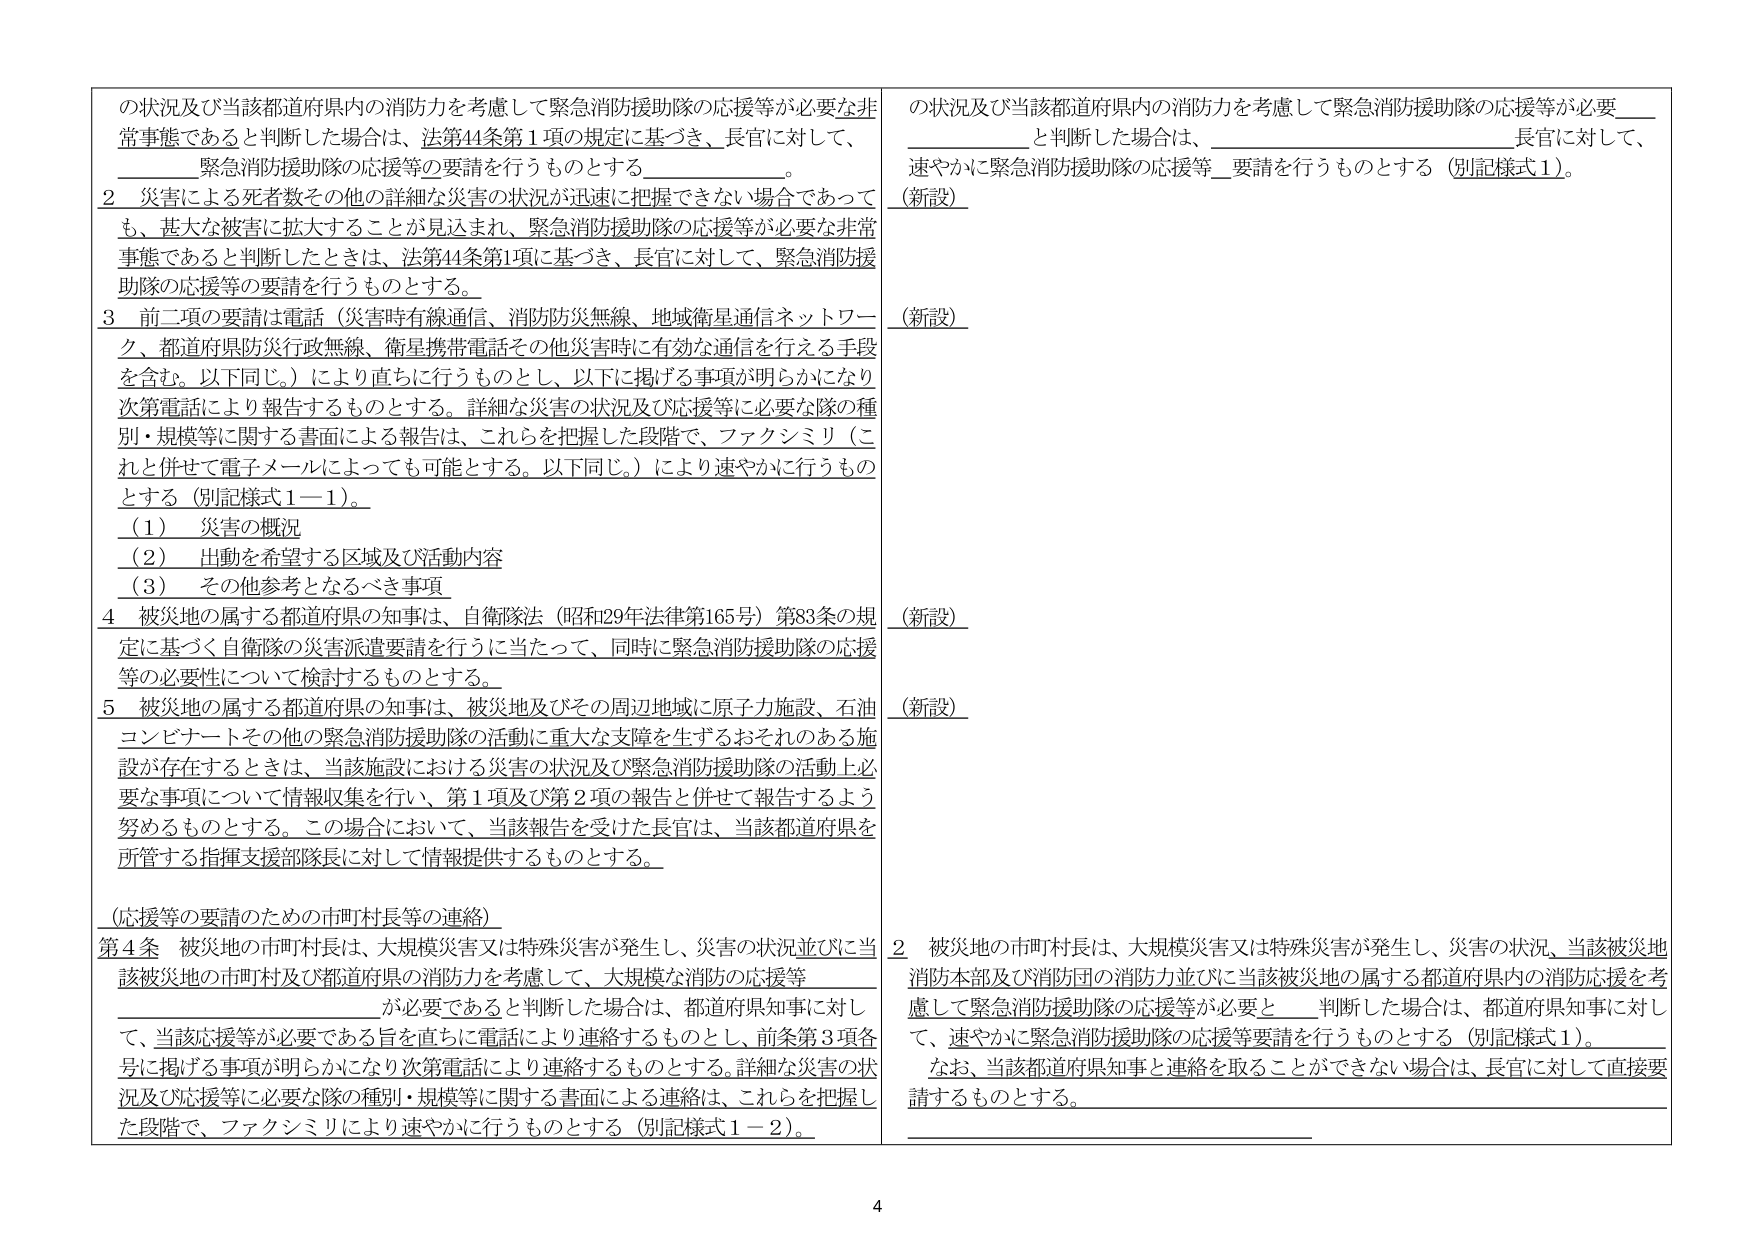
の状況及び当該都道府県内の消防力を考慮して緊急消防援助隊の応援等が必要な非常事態であると判断した場合は、法第44条第1項の規定に基づき、長官に対して、緊急消防援助隊の応援等の要請を行うものとする。

2 災害による死者数その他の詳細な災害の状況が迅速に把握できない場合であっても、甚大な被害に拡大することが見込まれ、緊急消防援助隊の応援等が必要な非常事態であると判断したときは、法第44条第1項に基づき、長官に対して、緊急消防援助隊の応援等の要請を行うものとする。

3 前二項の要請は電話（災害時有線通信、消防防災無線、地域衛星通信ネットワーク、都道府県防災行政無線、衛星携帯電話その他災害時に有効な通信を行える手段を含む。以下同じ。）により直ちに行うものとし、以下に掲げる事項が明らかになり次第電話により報告するものとする。詳細な災害の状況及び応援等に必要な隊の種別・規模等に関する書面による報告は、これらを把握した段階で、ファクシミリ（これと併せて電子メールによっても可能とする。以下同じ。）により速やかに行うものとする（別記様式1－1）。

（1）災害の概況
（2）出動を希望する区域及び活動内容
（3）その他参考となるべき事項

4 被災地の属する都道府県の知事は、自衛隊法（昭和29年法律第165号）第83条の規定に基づく自衛隊の災害派遣要請を行うに当たって、同時に緊急消防援助隊の応援等の必要性について検討するものとする。

5 被災地の属する都道府県の知事は、被災地及びその周辺地域に原子力施設、石油コンビナートその他の緊急消防援助隊の活動に重大な支障を生ずるおそれのある施設が存在するときは、当該施設における災害の状況及び緊急消防援助隊の活動上必要な事項について情報収集を行い、第1項及び第2項の報告と併せて報告するよう努めるものとする。この場合において、当該報告を受けた長官は、当該都道府県を所管する指揮支援部隊長に対して情報提供するものとする。

（応援等の要請のための市町村長等の連絡）

第4条 被災地の市町村長は、大規模災害又は特殊災害が発生し、災害の状況並びに当該被災地の市町村及び都道府県の消防力を考慮して、大規模な消防の応援等が必要であると判断した場合は、都道府県知事に対して、当該応援等が必要である旨を直ちに電話により連絡するものとし、前条第3項各号に掲げる事項が明らかになり次第電話により連絡するものとする。詳細な災害の状況及び応援等に必要な隊の種別・規模等に関する書面による連絡は、これらを把握した段階で、ファクシミリにより速やかに行うものとする（別記様式1－2）。

の状況及び当該都道府県内の消防力を考慮して緊急消防援助隊の応援等が必要と判断した場合は、長官に対して、速やかに緊急消防援助隊の応援等要請を行うものとする（別記様式1）。（新設）

（新設）

（新設）

（新設）

2 被災地の市町村長は、大規模災害又は特殊災害が発生し、災害の状況、当該被災地消防本部及び消防団の消防力並びに当該被災地の属する都道府県内の消防応援を考慮して緊急消防援助隊の応援等が必要と判断した場合は、都道府県知事に対して、速やかに緊急消防援助隊の応援等要請を行うものとする（別記様式1）。なお、当該都道府県知事と連絡を取ることができない場合は、長官に対して直接要請するものとする。

4